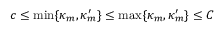
c \leq \operatorname* { m i n } \{ \kappa _ { m } , \kappa _ { m } ^ { \prime } \} \leq \operatorname* { m a x } \{ \kappa _ { m } , \kappa _ { m } ^ { \prime } \} \leq C